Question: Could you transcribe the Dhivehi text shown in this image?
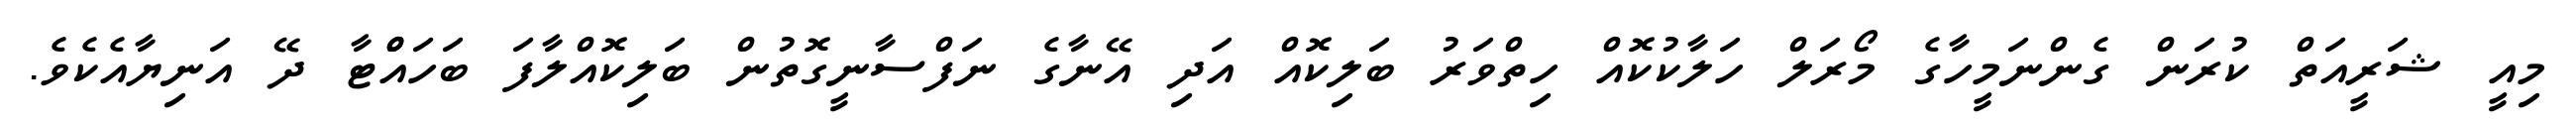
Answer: މިއީ ޝަރީއަތް ކުރަން ގެންނަމީހާގެ މޯރަލް ހަލާކުކޮއް ހިތްވަރު ބަލިކޮއް އަދި އޭނާގެ ނަފްސާނީގޮތުން ބަލިކޮއްލާފަ ބަހައްްޓާ ދޭ އަނިޔާއެކެވެ.